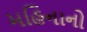
મહિનાનો